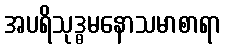
အပရိသုဒ္ဓမနောသမာစာရာ